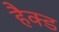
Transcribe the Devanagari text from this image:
हैक्ड